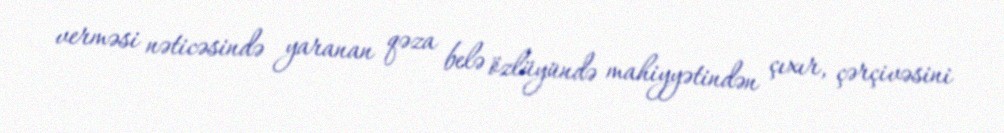
verməsi nəticəsində yaranan qəza belə özlüyündə mahiyyətindən çıxır, çərçivəsini